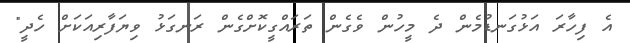
އެ ފިހާރަ އަޅުގަނޑުމެން ދެ މީހުން ވެގެން ތަރައްގީކޮށްގެން ރަނގަޅު ވިޔަފާރިއަކަށް ހެދީ"